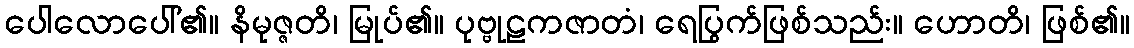
ပေါလောပေါ်၏။ နိမုဇ္ဇတိ၊ မြုပ်၏။ ပုဗ္ဗုဠကဇာတံ၊ ရေပြွက်ဖြစ်သည်း။ ဟောတိ၊ ဖြစ်၏။